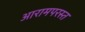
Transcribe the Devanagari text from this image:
आरामपरस्त